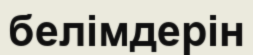
белімдерін